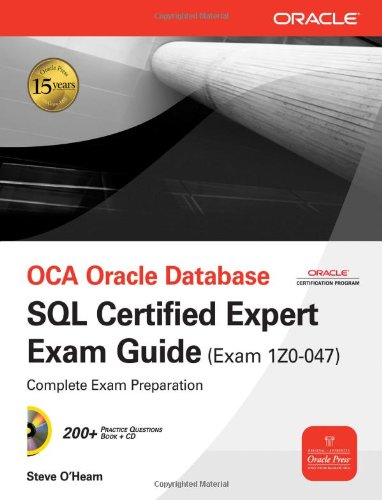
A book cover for OCA Oracle Database SQL Certified Expert Exam Guide (Exam 1Z0-047) (Oracle Press); Steve O'Hearn ; Computers & Technology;